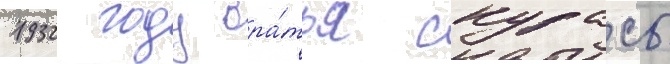
1932 году бра́тья скурасы